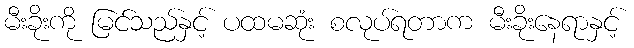
မီးခိုးကို မြင်သည်နှင့် ပထမဆုံး စလုပ်ရတာက မီးခိုးနေရာနှင့်